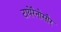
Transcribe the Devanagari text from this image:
टायेरैनोसौर